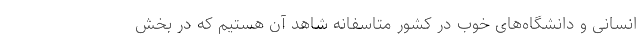
انسانی و دانشگاه‌های خوب در كشور متاسفانه شاهد آن هستیم كه در بخش